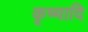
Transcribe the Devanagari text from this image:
कृष्यादि